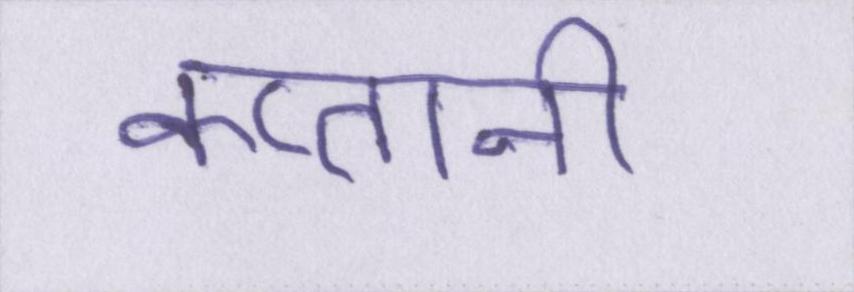
कप्तानी